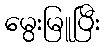
မွေးမြူပြီး